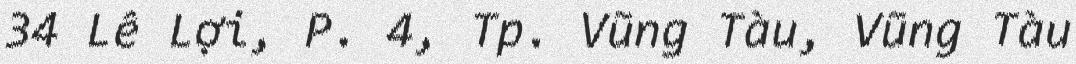
34 Lê Lợi, P. 4, Tp. Vũng Tàu, Vũng Tàu